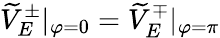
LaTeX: \widetilde{V}_{E}^{\pm}|_{\varphi=0}=\widetilde{V}_{E}^{\mp}|_{\varphi=\pi}